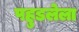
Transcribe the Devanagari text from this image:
पहुडलेला